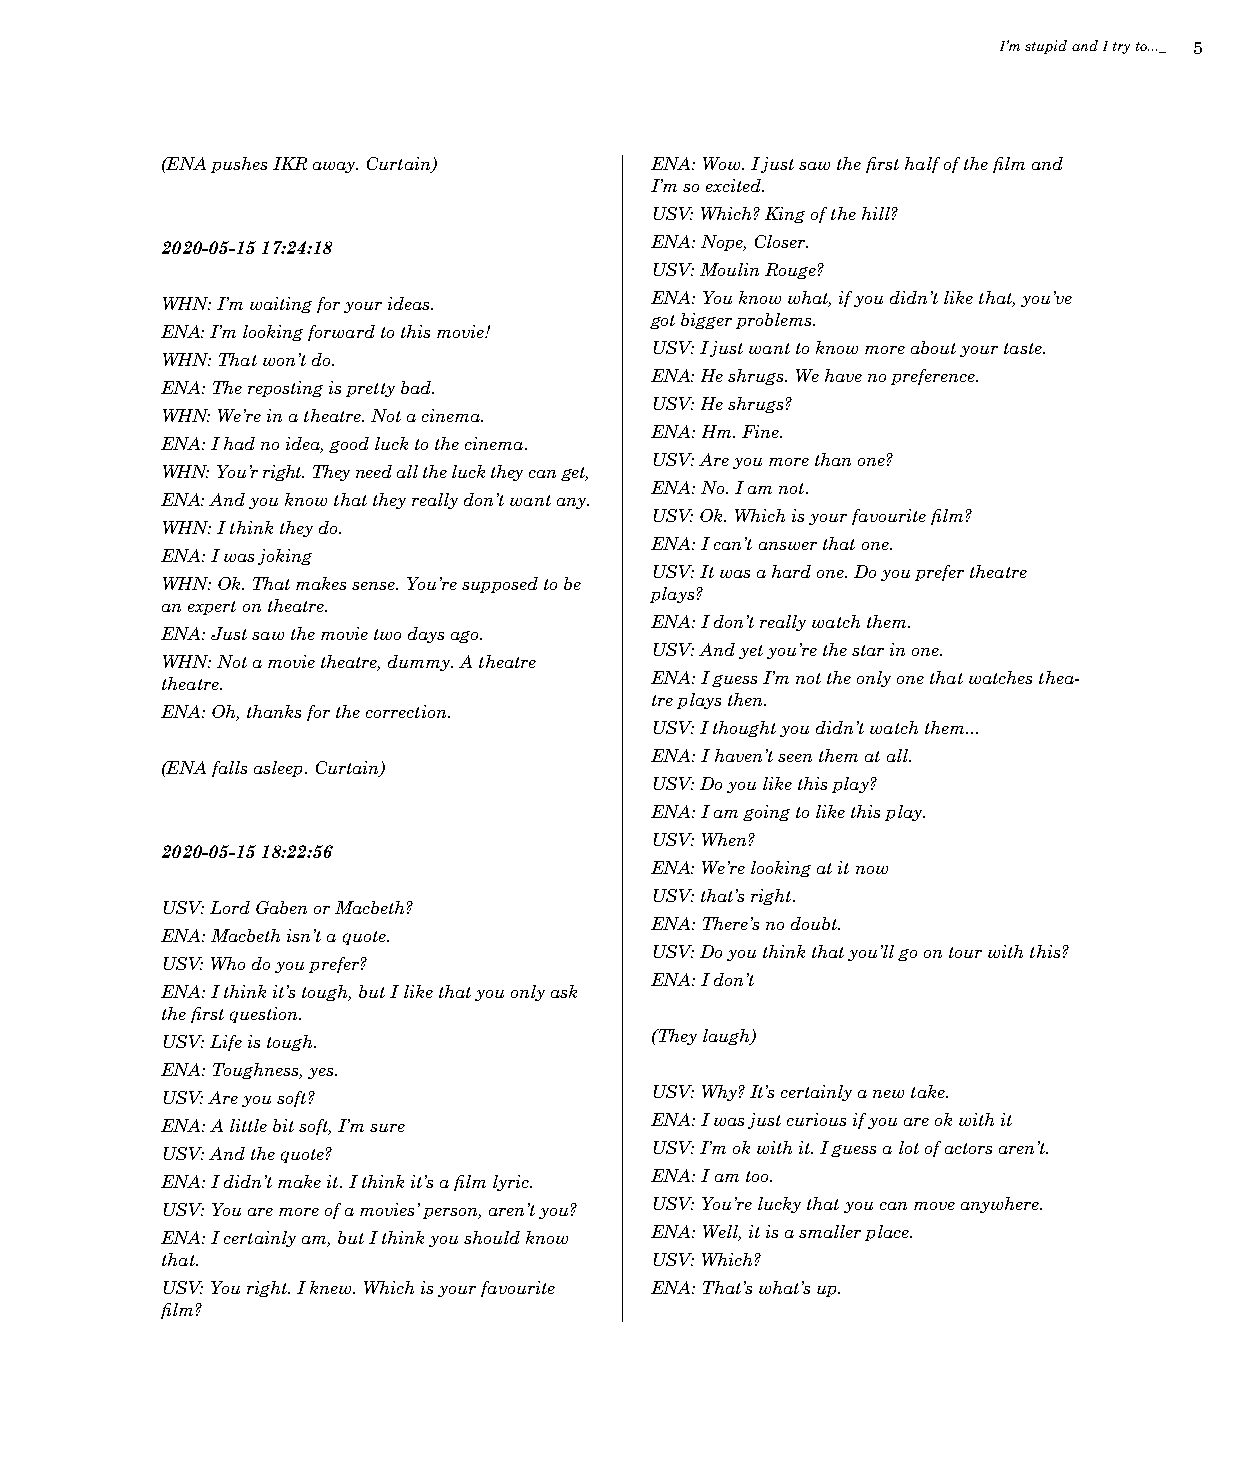
I’m stupid and I try to..._ 5
 (ENA pushes IKR away. Curtain)  ENA: Wow. I just saw the first half of the film and
 I’m so excited.
 USV: Which? King of the hill?
 2020-05-15 17:24:18             ENA: Nope, Closer.
 USV: Moulin Rouge?
 WHN: I’m waiting for your ideas. ENA: You know what, if you didn’t like that, you’ve
 got bigger problems.
 ENA: I’m looking forward to this movie!
 USV: I just want to know more about your taste.
 WHN: That won’t do.
 ENA: He shrugs. We have no preference.
 ENA: The reposting is pretty bad.
 USV: He shrugs?
 WHN: We’re in a theatre. Not a cinema.
 ENA: Hm. Fine.
 ENA: I had no idea, good luck to the cinema.
 USV: Are you more than one?
 WHN: You’r right. They need all the luck they can get,
 ENA: No. I am not.
 ENA: And you know that they really don’t want any.
 USV: Ok. Which is your favourite film?
 WHN: I think they do.
 ENA: I can’t answer that one.
 ENA: I was joking
 USV: It was a hard one. Do you prefer theatre
 WHN: Ok. That makes sense. You’re supposed to be
 plays?
 an expert on theatre.
 ENA: I don’t really watch them.
 ENA: Just saw the movie two days ago.
 USV: And yet you’re the star in one.
 WHN: Not a movie theatre, dummy. A theatre
 theatre.                        ENA: I guess I’m not the only one that watches thea-
 tre plays then.
 ENA: Oh, thanks for the correction.
 USV: I thought you didn’t watch them...
 ENA: I haven’t seen them at all.
 (ENA falls asleep. Curtain)
 USV: Do you like this play?
 ENA: I am going to like this play.
 USV: When?
 2020-05-15 18:22:56
 ENA: We’re looking at it now
 USV: that’s right.
 USV: Lord Gaben or Macbeth?
 ENA: There’s no doubt.
 ENA: Macbeth isn’t a quote.
 USV: Do you think that you’ll go on tour with this?
 USV: Who do you prefer?
 ENA: I don’t
 ENA: I think it’s tough, but I like that you only ask
 the first question.
 USV: Life is tough.             (They laugh)
 ENA: Toughness, yes.
 USV: Are you soft?              USV: Why? It’s certainly a new take.
 ENA: A little bit soft, I’m sure ENA: I was just curious if you are ok with it
 USV: And the quote?             USV: I’m ok with it. I guess a lot of actors aren’t.
 ENA: I didn’t make it. I think it’s a film lyric. ENA: I am too.
 USV: You are more of a movies’ person, aren’t you? USV: You’re lucky that you can move anywhere.
 ENA: I certainly am, but I think you should know ENA: Well, it is a smaller place.
 that.                           USV: Which?
 USV: You right. I knew. Which is your favourite ENA: That’s what’s up.
 film?